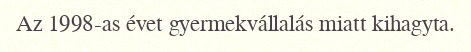
Az 1998-as évet gyermekvállalás miatt kihagyta.